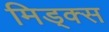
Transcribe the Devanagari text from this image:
मिड्क्स